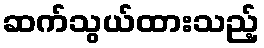
ဆက်သွယ်ထားသည့်